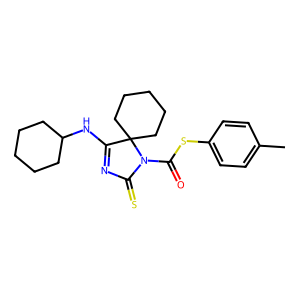
SMILES: Cc1ccc(SC(=O)N2C(=S)N=C(NC3CCCCC3)C23CCCCC3)cc1
Inhibits HIV replication: No